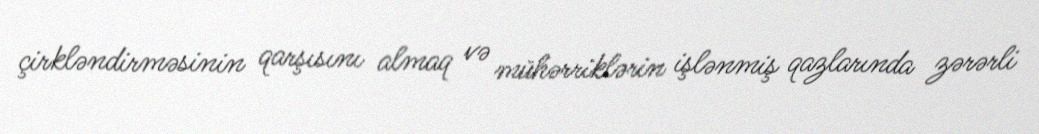
çirkləndirməsinin qarşısını almaq və mühərriklərin işlənmiş qazlarında zərərli